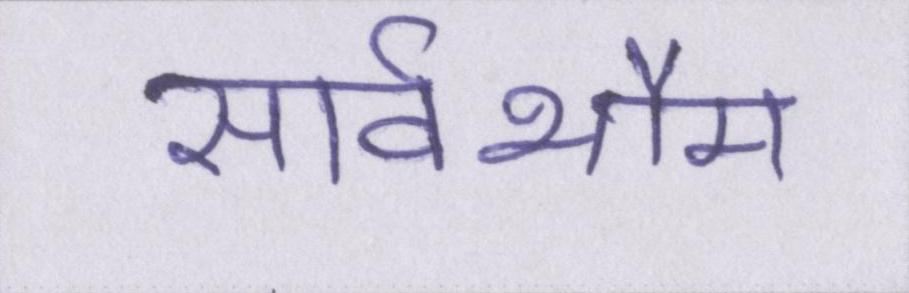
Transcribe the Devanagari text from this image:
सार्वभौम